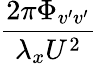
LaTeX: \frac{2\pi\Phi_{v^{\prime}v^{\prime}}}{\lambda_{x}U^{2}}